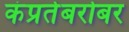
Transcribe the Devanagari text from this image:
कंप्रतेबरोबर